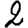
Digit: 2